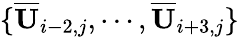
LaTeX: \{ \overline{{\mathbf{U}}}_{i-2,j},\cdots,\overline{{\mathbf{U}}}_{i+3,j}\}